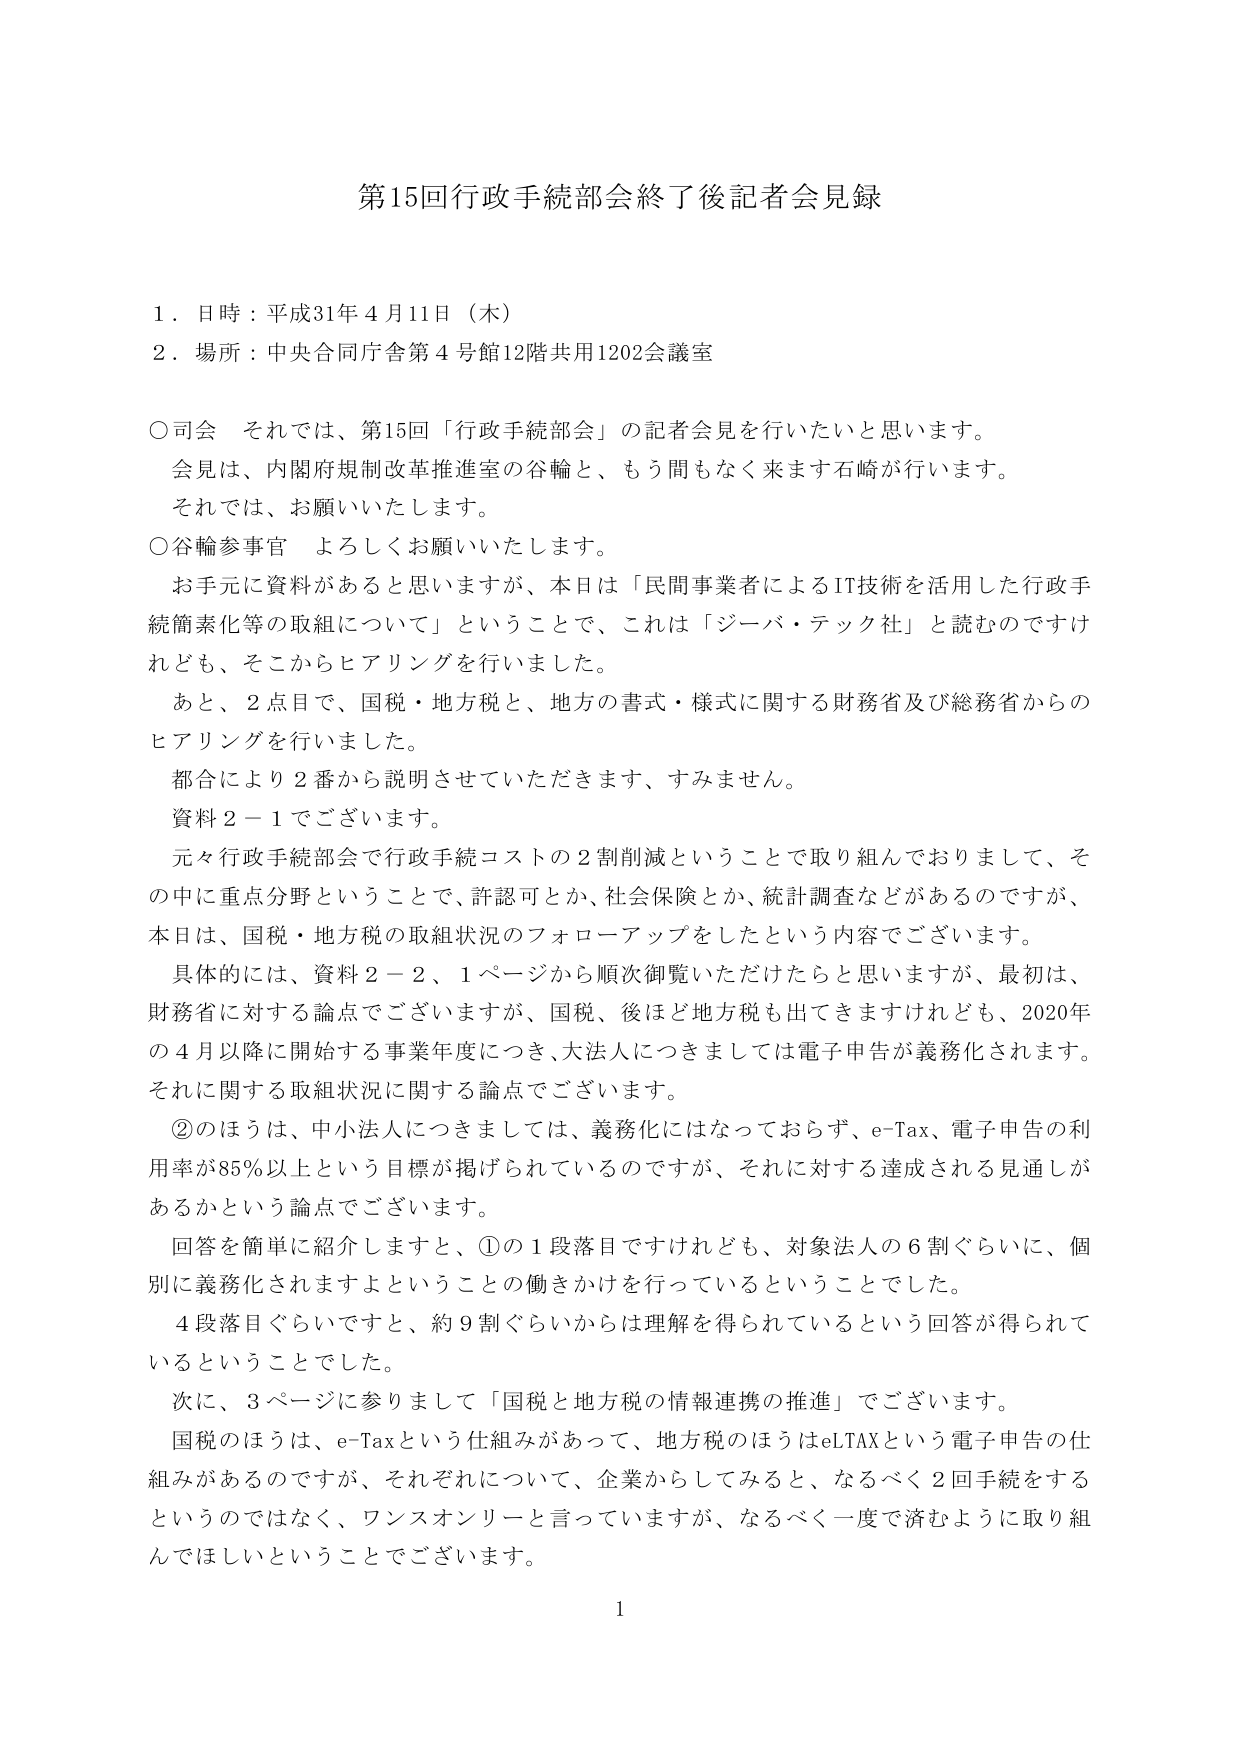
第15回行政手続部会終了後記者会見録

１．日時：平成31年4月11日（木）
２．場所：中央合同庁舎第4号館12階共用1202会議室

○司会　それでは、第15回「行政手続部会」の記者会見を行いたいと思います。
　会見は、内閣府規制改革推進室の谷輪と、もう間もなく来ます石崎が行います。
　それでは、お願いいたします。

○谷輪参事官　よろしくお願いいたします。
　お手元に資料があると思いますが、本日は「民間事業者によるIT技術を活用した行政手続簡素化等の取組について」ということで、これは「ジーバ・テック社」と読むのですけれども、そこからヒアリングを行いました。
　あと、2点目で、国税・地方税と、地方の書式・様式に関する財務省及び総務省からのヒアリングを行いました。
　都合により2番から説明させていただきます、すみません。
　資料2－1でございます。
　元々行政手続部会で行政手続コストの2割削減ということで取り組んでおりまして、その中に重点分野ということで、許認可とか、社会保険とか、統計調査などがあるのですが、本日は、国税・地方税の取組状況のフォローアップをしたという内容でございます。
　具体的には、資料2－2、1ページから順次御覧いただけたらと思いますが、最初は、財務省に対する論点でございますが、国税、後ほど地方税も出てきますけれども、2020年の4月以降に開始する事業年度につき、大法人につきましては電子申告が義務化されます。それに関する取組状況に関する論点でございます。
　②のほうは、中小法人につきましては、義務化にはなっておらず、e-Tax、電子申告の利用率が85％以上という目標が掲げられているのですが、それに対する達成される見通しがあるかという論点でございます。
　回答を簡単に紹介しますと、①の1段落目ですけれども、対象法人の6割ぐらいに、個別に義務化されますよということの働きかけを行っているということでした。
　4段落目ぐらいですと、約9割ぐらいからは理解を得られているという回答が得られているということでした。
　次に、3ページに参りまして「国税と地方税の情報連携の推進」でございます。
　国税のほうは、e-Taxという仕組みがあって、地方税のほうはeLTAXという電子申告の仕組みがあるのですが、それぞれについて、企業からしてみると、なるべく2回手続をするというのではなく、ワンスオンリーと言っていますが、なるべく一度で済むように取り組んでほしいということでございます。

1